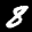
Label: 8